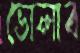
ভোলাব